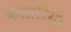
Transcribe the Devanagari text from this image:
कसारिया